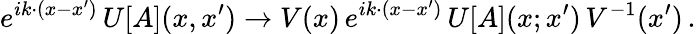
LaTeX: e^{ik\cdot(x-x^{\prime})}\, U[A](x,x^{\prime})\to V(x)\, e^{ik\cdot(x-x^{\prime})}\, U[A](x;x^{\prime})\, V^{-1}(x^{\prime})\, .